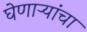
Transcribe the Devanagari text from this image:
घेणाऱ्यांचा